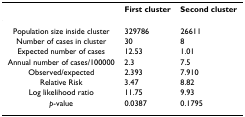
<table><thead><tr><td></td><td><b>First cluster</b></td><td><b>Second cluster</b></td></tr></thead><tbody><tr><td>Population size inside cluster</td><td>329786</td><td>26611</td></tr><tr><td>Number of cases in cluster</td><td>30</td><td>8</td></tr><tr><td>Expected number of cases</td><td>12.53</td><td>1.01</td></tr><tr><td>Annual number of cases/100000</td><td>2.3</td><td>7.5</td></tr><tr><td>Observed/expected</td><td>2.393</td><td>7.910</td></tr><tr><td>Relative Risk</td><td>3.47</td><td>8.82</td></tr><tr><td>Log likelihood ratio</td><td>11.75</td><td>9.93</td></tr><tr><td><i>p</i>-value</td><td>0.0387</td><td>0.1795</td></tr></tbody></table>